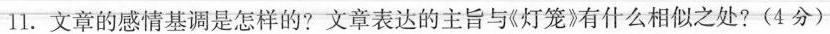
11.文章的感情基调是怎样的?文章表达的主旨与8灯有什么相似之处?(4分)